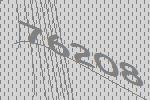
76208